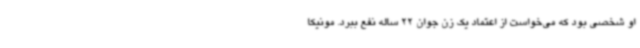
او شخصی بود که می‌خواست از اعتماد یک زن جوان 22 ساله نفع ببرد. مونیکا